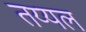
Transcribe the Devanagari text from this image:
तय्यल